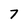
Character: 7